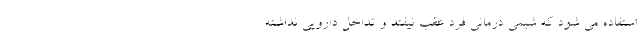
استفاده می شود که شیمی درمانی فرد عقب نیفتد و تداخل دارویی نداشته